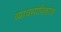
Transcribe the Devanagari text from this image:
व्यावसायिकांचे